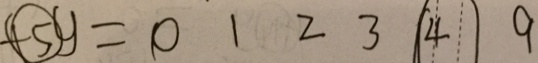
\textcircled { - 5 } y = 0 1 2 3 \textcircled { 4 } 9